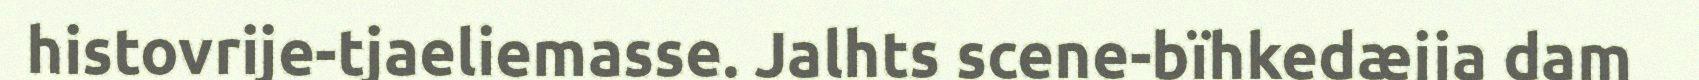
histovrije-tjaeliemasse. Jalhts scene-bïhkedæjja dam